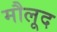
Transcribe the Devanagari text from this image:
मौलूद